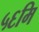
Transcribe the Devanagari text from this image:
५६मि